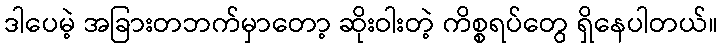
ဒါပေမဲ့ အခြားတဘက်မှာတော့ ဆိုးဝါးတဲ့ ကိစ္စရပ်တွေ ရှိနေပါတယ်။